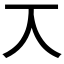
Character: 𠆣